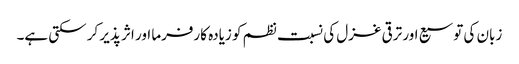
زبان کی توسیع اور ترقی غزل کی نسبت نظم کو زیادہ کارفرما اور اثر پذیر کر سکتی ہے۔